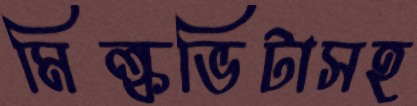
মিল্কভিটাসহ